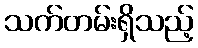
သက်တမ်းရှိသည့်